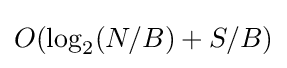
O(\log _{2}(N/B)+S/B)